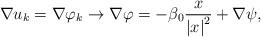
LaTeX: \begin{align*}\nabla u_k=\nabla\varphi_k\rightarrow\nabla \varphi=-\beta_0\frac{x}{\left|x\right|^2}+\nabla\psi,\end{align*}